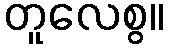
တူလေစွ။